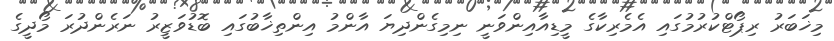
މިޚަބަރު ރިޕޯޓްކުރުމުގައި އެމެރިކާގެ މީޑިއާއިންވަނީ ނިމިގެންދިޔަ އާންމު އިންތިޚާބުގައި ބޮޑުވަޒީރު ނަރެންދުރަ މޯދީގެ